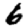
Digit: 6